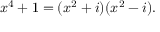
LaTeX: x ^ { 4 } + 1 = ( x ^ { 2 } + i ) ( x ^ { 2 } - i ) .